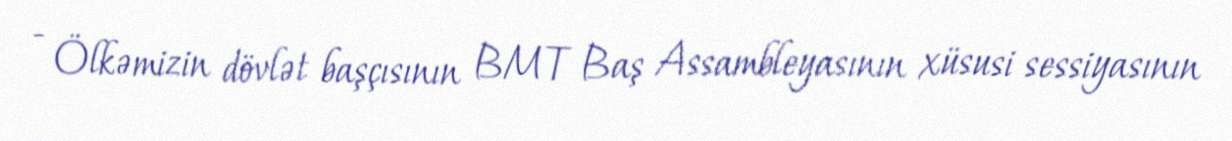
- Ölkəmizin dövlət başçısının BMT Baş Assambleyasının xüsusi sessiyasının